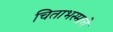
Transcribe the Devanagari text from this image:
चिताभस्माचे